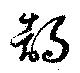
鵠